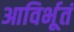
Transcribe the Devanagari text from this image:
आविर्भूतं